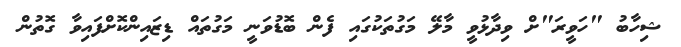
ޝިހާބު "ހަވީރަ"ށް ވިދާޅުވީ މާލޭ މަގުތަކުގައި ފެން ބޮޑުވަނީ މަގުތައް ޑިޒައިންކޮށްފައިވާ ގޮތުން